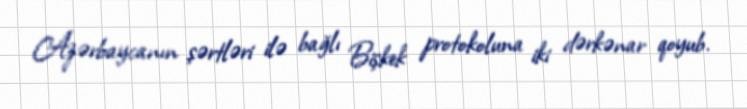
Azərbaycanın şərtləri ilə bağlı Bişkek protokoluna iki dərkənar qoyub.